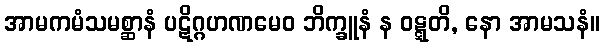
အာမကမံသမစ္ဆာနံ ပဋိဂ္ဂဟဏမေဝ ဘိက္ခူနံ န ဝဋ္ဋတိ, နော အာမသနံ။